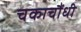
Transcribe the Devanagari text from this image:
चकाचौंधी